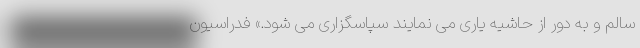
سالم و به دور از حاشیه یاری می نمایند سپاسگزاری می شود.» فدراسیون